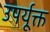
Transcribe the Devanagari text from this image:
उपर्यूक्त